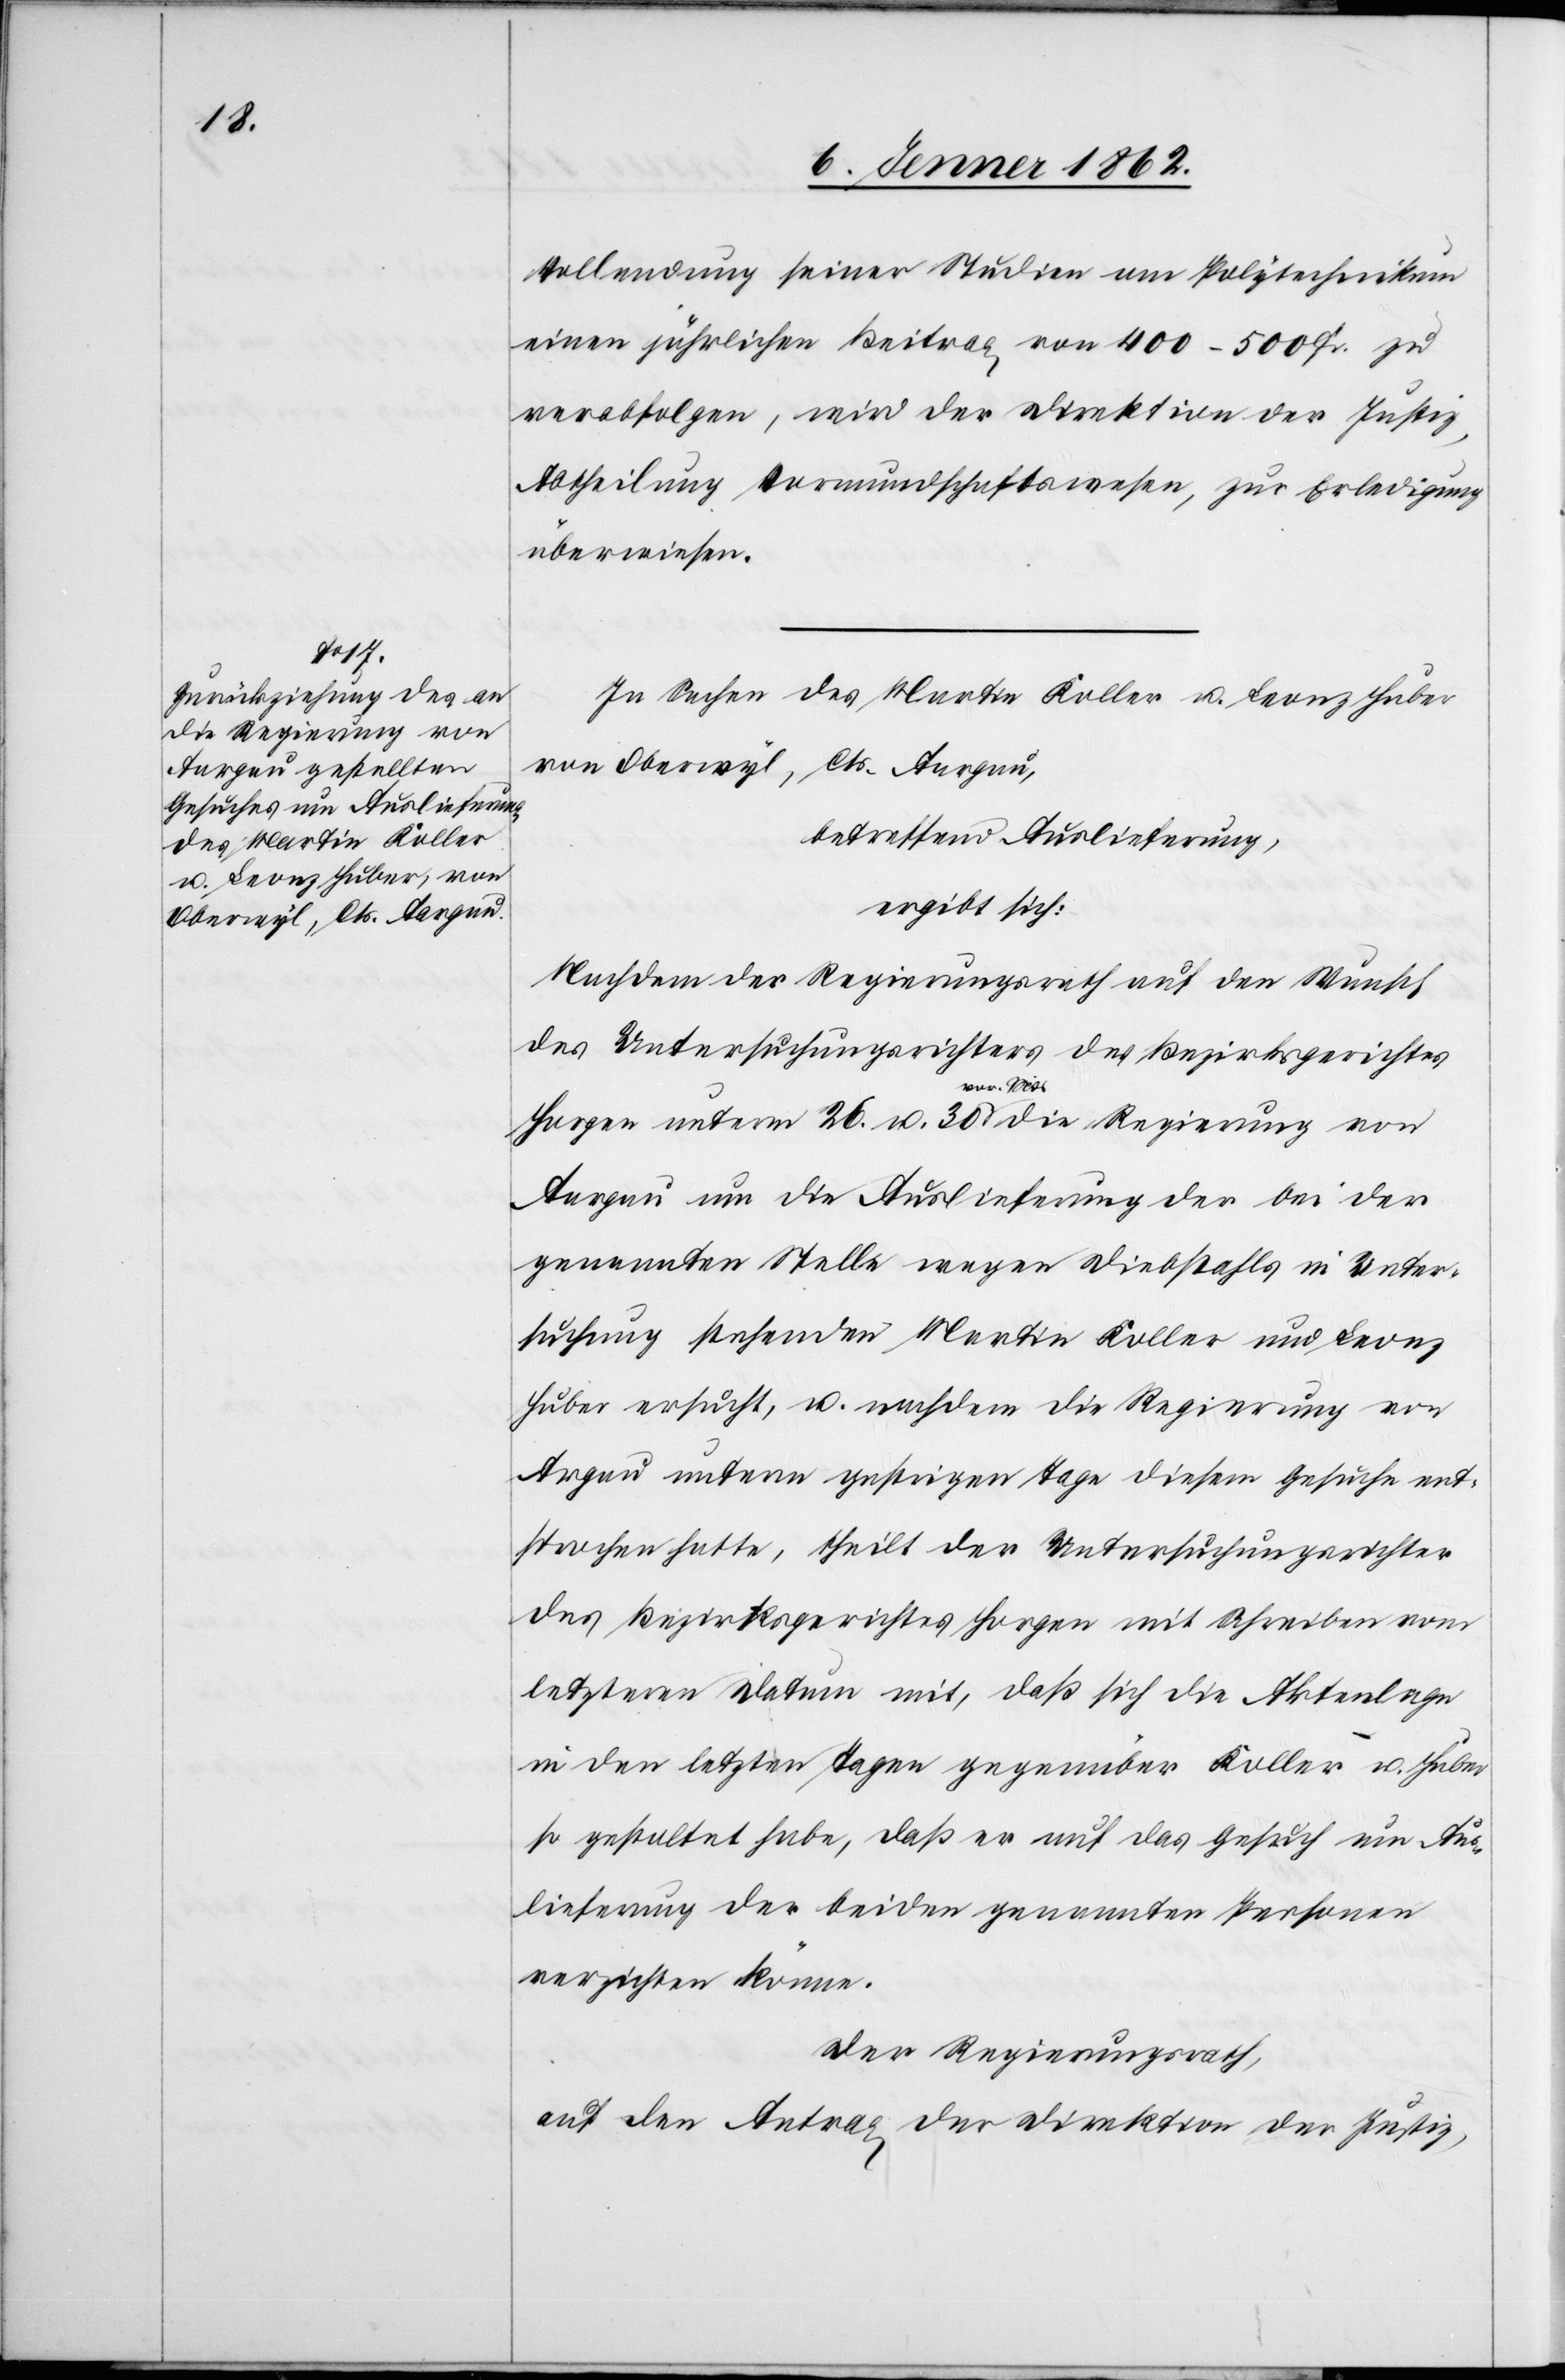
die Regierung von

Vollendung seiner Studien am Polytechnikum
einen jährlichen Beitrag von 400–500 Fr. zu
verabfolgen, wird der Direktion der Justiz,
Abtheilung Vormundschaftswesen, zur Erledigung
überwiesen.
In Sachen des Martin Koller u. Leonz Huber
von Oberwyl, Cts. Aargau,
betreffend Auslieferung,
ergibt sich:
Nachdem der Regierungsrath auf den Wunsch
des Untersuchungsrichters des Bezirksgerichtes
vor. Mts
Aargau um die Auslieferung der bei der
genannten Stelle wegen Diebstahls in Unter¬
suchung stehenden Martin Koller und Leonz
Huber ersucht, u. nachdem die Regierung von
Argau [sic!] unterm gestrigen Tage diesem Gesuche ent¬
sprochen hatte, theilt der Untersuchungsrichter
des Bezirksgerichtes Horgen mit Schreiben vom
letzteren Datum mit, daß sich die Aktenlage
in den letzten Tagen gegenüber Koller u. Huber
so gestaltet habe, daß er auf das Gesuch um Aus¬
lieferung der beiden genannten Personen
verzichten könne.
Der Regierungsrath,
auf den Antrag der Direktion der Justiz,